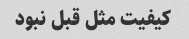
کیفیت مثل قبل نبود